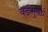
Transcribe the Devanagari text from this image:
वर्डसुवर्थ